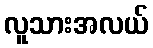
လူသားအလယ်